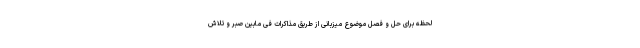
لحظه برای حل و فصل موضوع میزبانی از طریق مذاکرات فی مابین صبر و تلاش